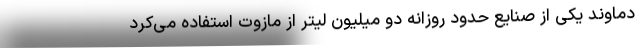
دماوند یکی از صنایع حدود روزانه دو میلیون لیتر از مازوت استفاده می‌کرد